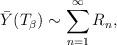
LaTeX: \begin{align*}\bar Y(T_\beta)\sim \sum_{n=1}^\infty R_n , \end{align*}